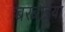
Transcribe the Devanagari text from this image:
बरबाइया